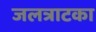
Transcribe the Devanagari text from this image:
जलत्राटका